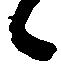
候